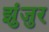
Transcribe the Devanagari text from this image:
झुंजुर